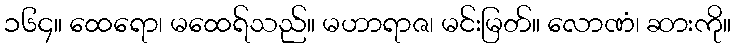
၁၆၄။ ထေရော၊ မထေရ်သည်။ မဟာရာဇ၊ မင်းမြတ်။ လောဏံ၊ ဆားကို။